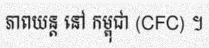
ភាពយន្ត នៅ កម្ពុជា (CFC) ។